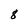
Character: 8